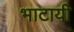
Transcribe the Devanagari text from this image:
भाटायी